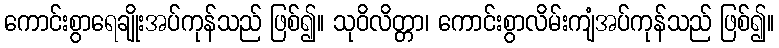
ကောင်းစွာရေချိုးအပ်ကုန်သည် ဖြစ်၍။ သုဝိလိတ္တာ၊ ကောင်းစွာလိမ်းကျံအပ်ကုန်သည် ဖြစ်၍။